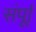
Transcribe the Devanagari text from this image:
संर्पूा